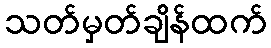
သတ်မှတ်ချိန်ထက်